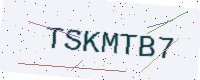
Text: TSKMTB7